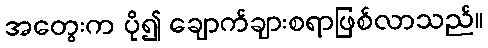
အတွေးက ပို၍ ချောက်ချားစရာဖြစ်လာသည်။